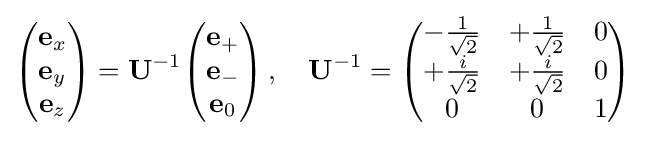
{\begin{pmatrix}\mathbf {e} _{x}\\\mathbf {e} _{y}\\\mathbf {e} _{z}\end{pmatrix}}=\mathbf {U} ^{-1}{\begin{pmatrix}\mathbf {e} _{+}\\\mathbf {e} _{-}\\\mathbf {e} _{0}\end{pmatrix}}\,,\quad \mathbf {U} ^{-1}={\begin{pmatrix}-{\frac {1}{\sqrt {2}}}&+{\frac {1}{\sqrt {2}}}&0\\+{\frac {i}{\sqrt {2}}}&+{\frac {i}{\sqrt {2}}}&0\\0&0&1\end{pmatrix}}